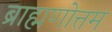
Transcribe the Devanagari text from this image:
ब्राह्मणोत्तम